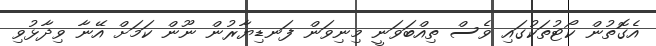
އެގޮތުން ކޯޓުތަކުގައި ވެސް ތިއްބަވަނީ މިނިވަން ފަނޑިޔާރުން ނޫން ކަމަށް އޭނާ ވިދާޅުވި